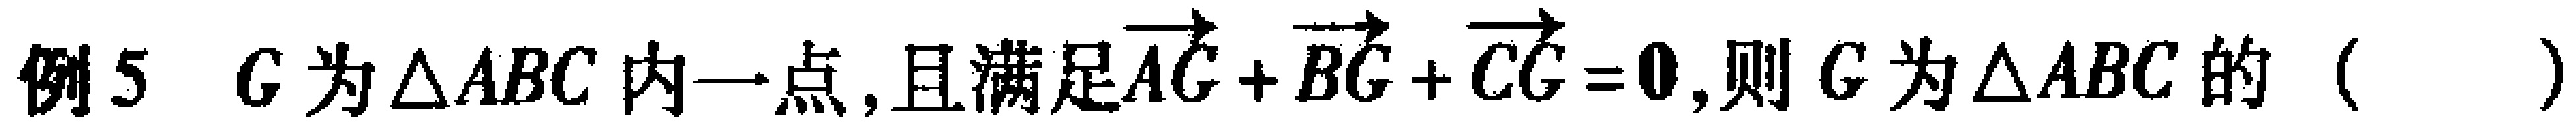
例5 \(G\)为\(\triangle ABC\)内一点,且满足\(\overrightarrow{AG}+\overrightarrow{BG}+\overrightarrow{CG}=\boldsymbol{0}\),则\(G\)为\(\triangle ABC\)的（  ）